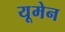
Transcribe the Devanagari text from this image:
यूमेन